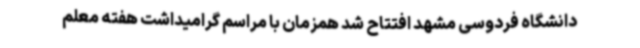
دانشگاه فردوسی مشهد افتتاح شد همزمان با مراسم گرامیداشت هفته معلم